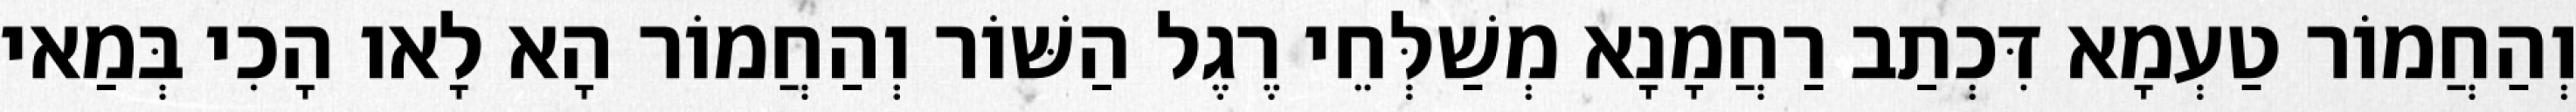
וְהַחֲמוֹר טַעְמָא דִּכְתַב רַחֲמָנָא מְשַׁלְּחֵי רֶגֶל הַשּׁוֹר וְהַחֲמוֹר הָא לָאו הָכִי בְּמַאי